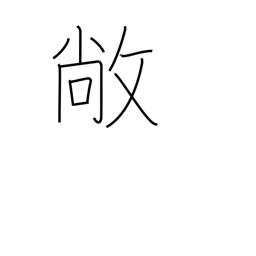
Meaning: high and flat